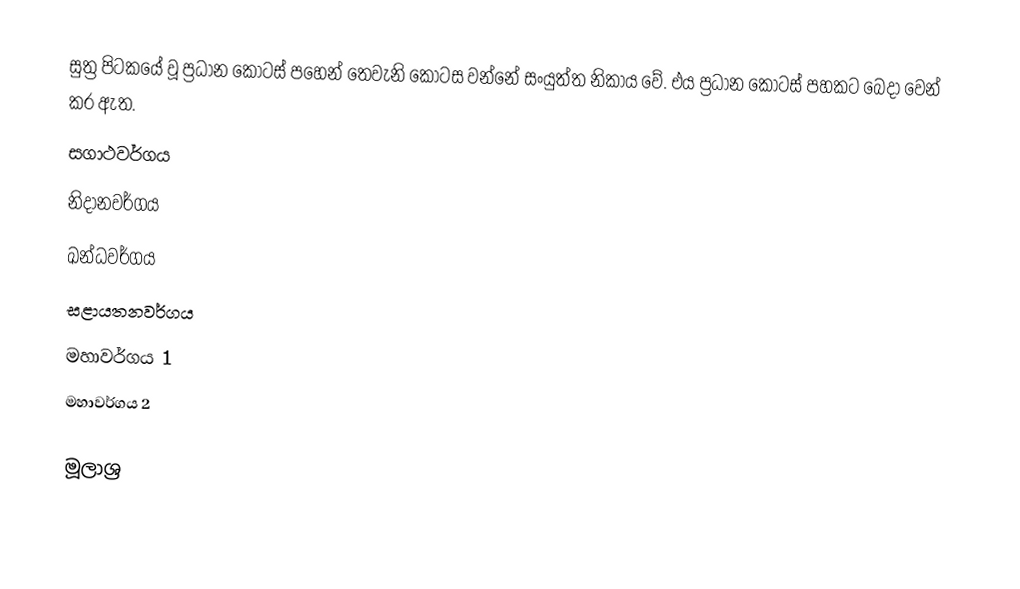
සුත්‍ර පිටකයේ වූ ප්‍රධාන කොටස් පහෙන් තෙවැනි කොටස වන්නේ සංයුත්ත නිකාය වේ. එය ප්‍රධාන කොටස් පහකට බෙදා වෙන් කර ඇත.
සගාථවර්ගය
නිදානවර්ගය
ඛන්ධවර්ගය
සළායතනවර්ගය
මහාවර්ගය 1
මහාවර්ගය 2

මූලාශ්‍ර